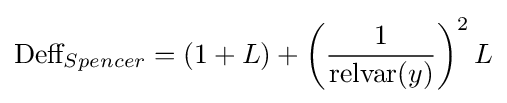
{\text{Deff}}_{Spencer}=(1+L)+\left({\frac {1}{{\text{relvar}}(y)}}\right)^{2}L